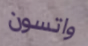
واتسون